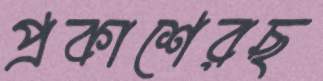
প্রকাশেরছ